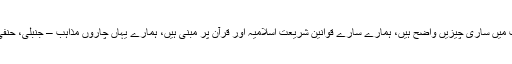
مملکت سعودى عرب میں سارى چیزیں واضح ہیں، ہمارے سارے قوانین شریعت اسلامیہ اور قرآن پر مبنى ہیں، ہمارے یہاں چاروں مذاہب – جنبلى، حنفى، شافعى اور مالکى۔